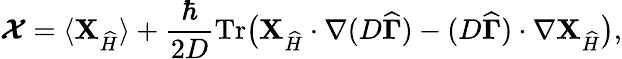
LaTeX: \boldsymbol{\cal X}=\langle{\mathbf{X}}_{\widehat{H}}\rangle+\frac\hbar{2D}\operatorname{Tr}\! \big({\mathbf{X}}_{{\widehat{H}}}\cdot\nabla(D\boldsymbol{\widehat{\Gamma}})-(D\boldsymbol{\widehat{\Gamma}})\cdot\nabla{\mathbf{X}}_{{\widehat{H}}}\big),